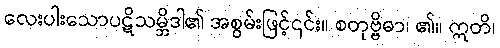
လေးပါးသောပဋိသမ္ဘိဒါ၏ အစွမ်းဖြင့်၎င်း။ စတုဗ္ဗိဓာ၊ ၏။ ဣတိ၊